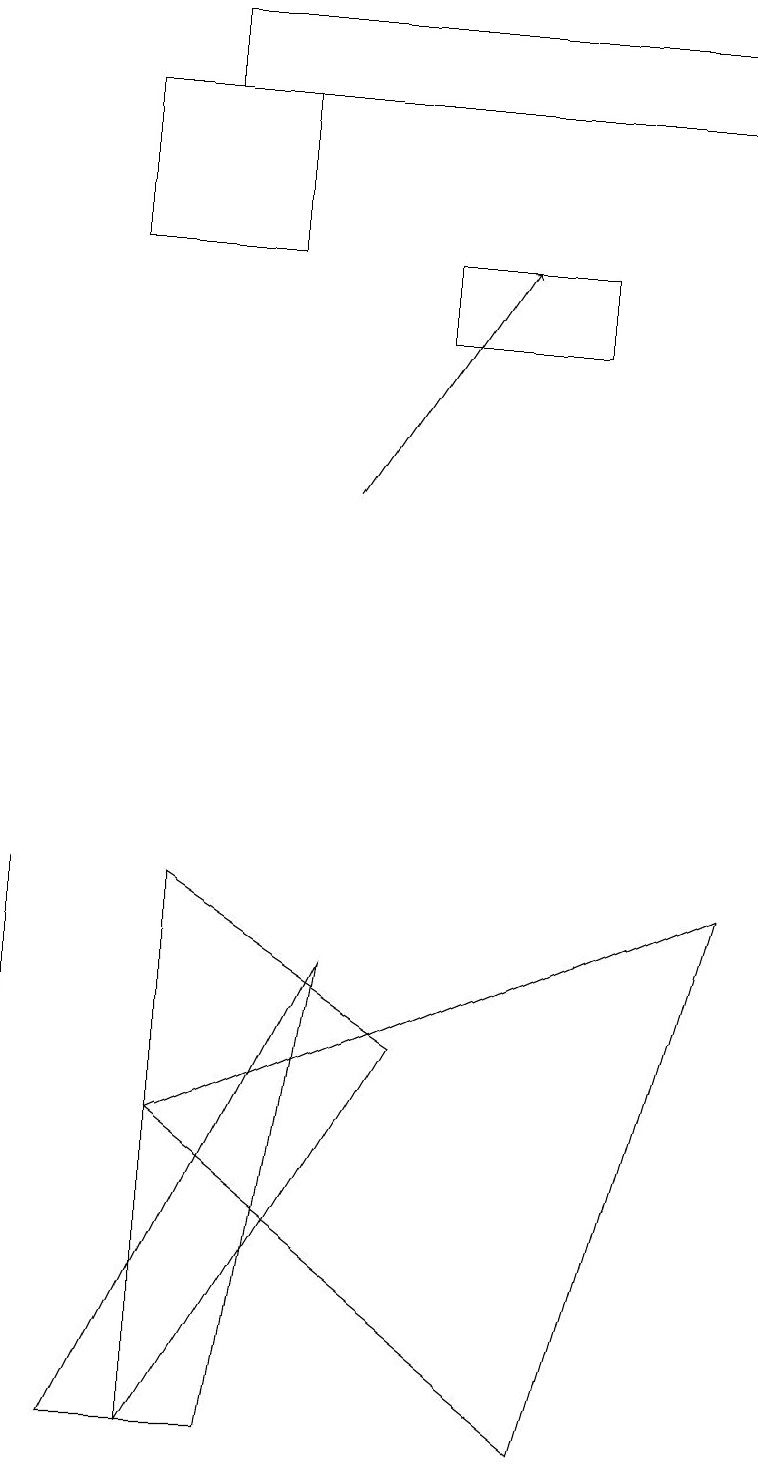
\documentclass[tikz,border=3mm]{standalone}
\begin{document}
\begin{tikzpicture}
\draw (3,18) rectangle (1,16);
\draw (5,16) rectangle (7,15);
\draw (2,18) rectangle (9,19);
\draw (0,8) -- (0,6) -- (0,1) -- cycle;
\draw (2,1) -- (2,8) -- (5,6) -- cycle;
\draw (9,8) -- (2,5) -- (7,1) -- cycle;
\draw (1,1) -- (3,1) -- (4,7) -- cycle;
\draw[->] (4,13) -- (6,16);
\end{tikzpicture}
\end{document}